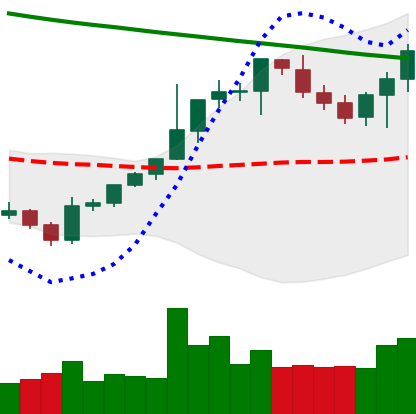
Ticker: BTC-USD
Chart end date: 2021-08-06
Forward return: 6.486%
Label: up_5_7